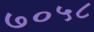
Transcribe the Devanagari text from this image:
७०५८